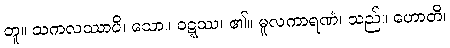
တူ။ သကလဿာပိ၊ သော။ ဝဋ္ဋဿ၊ ၏။ မူလကာရဏံ၊ သည်။ ဟောတိ၊